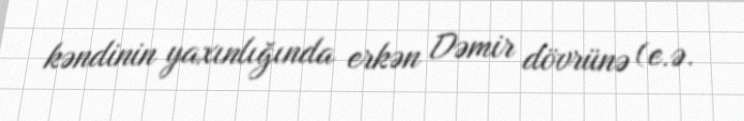
kəndinin yaxınlığında erkən Dəmir dövrünə (e.ə.